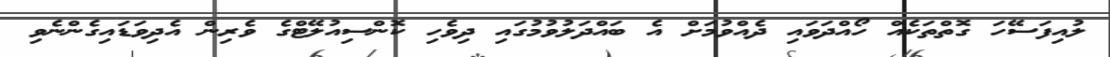
ލުއިފަސޭހަ ގޮތްތަކެއް ހޯއްދަވައި ދެއްވުމަށް އެ ބައްދަލުވުމުގައި ދިވެހި ކޮންސިއުލޭޓްގެ ވެރިން އެދިވަޑައިގެންނެވި